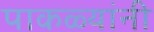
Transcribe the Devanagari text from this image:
पाकळ्यांनी